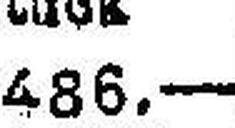
486.—